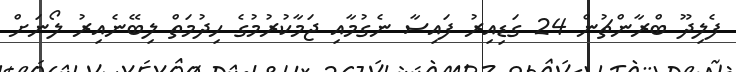
ފެލިދޫ ބްރާންޗުން 24 ގަޑިއިރު ފައިސާ ނެގުމާއި ޖަމާކުރުމުގެ ހިދުމަތް ލިބޭނެއިރު ލޯނަށް